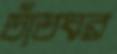
তাঁতঘর